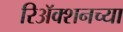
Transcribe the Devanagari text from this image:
रिअॅक्शनच्या